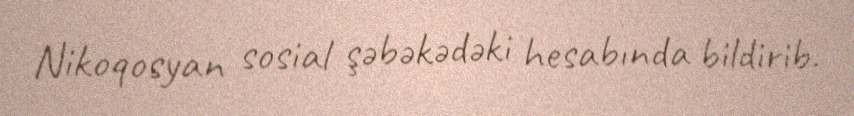
Nikoqosyan sosial şəbəkədəki hesabında bildirib.